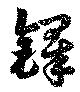
鐸